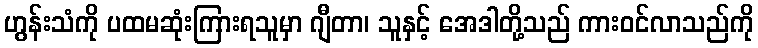
ဟွန်းသံကို ပထမဆုံးကြားရသူမှာ ဂျီတာ၊ သူနှင့် အေဒါတို့သည် ကားဝင်လာသည်ကို